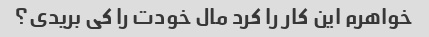
خواهرم این کار را کرد مال خودت را کی بریدی؟